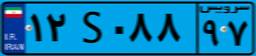
۱۲S۰۸۸۹۷